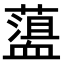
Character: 𧗎